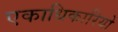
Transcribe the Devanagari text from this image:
एकाधिकारियो